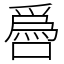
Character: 噕